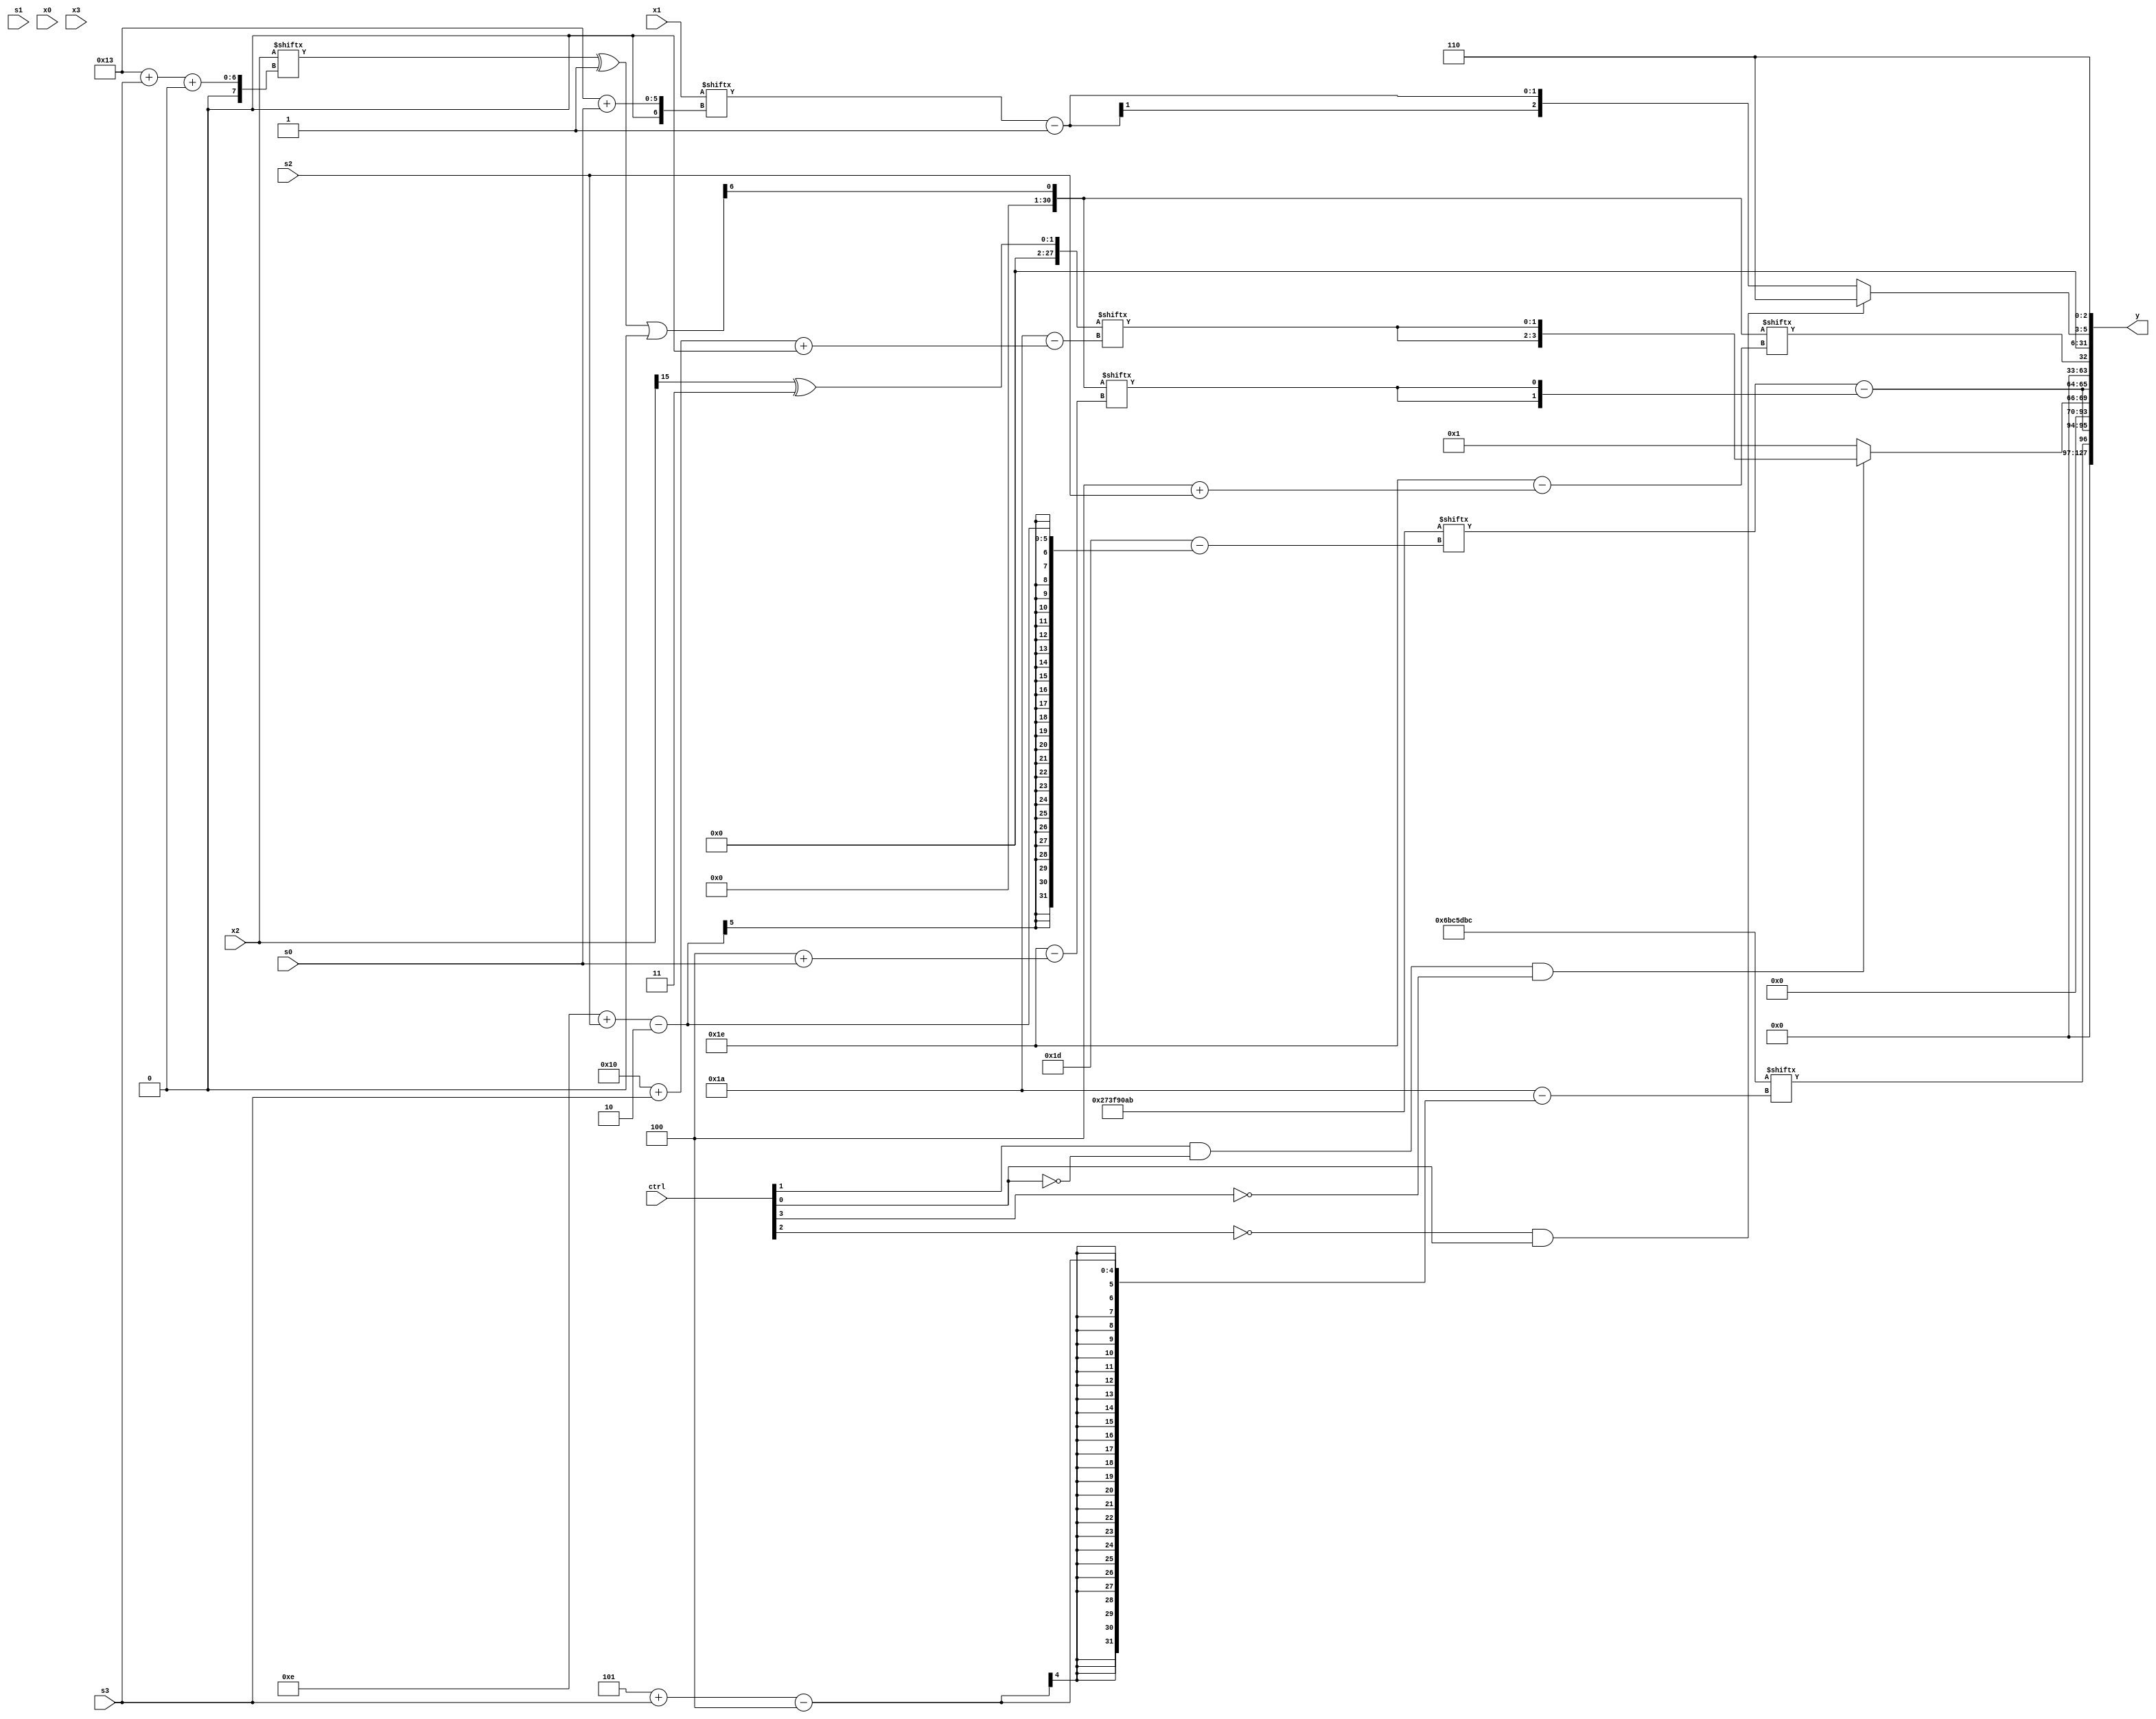
module partsel_00721(ctrl, s0, s1, s2, s3, x0, x1, x2, x3, y);
  input [3:0] ctrl;
  input [2:0] s0;
  input [2:0] s1;
  input [2:0] s2;
  input [2:0] s3;
  input signed [31:0] x0;
  input [31:0] x1;
  input signed [31:0] x2;
  input [31:0] x3;
  wire [7:24] x4;
  wire [31:2] x5;
  wire [0:27] x6;
  wire [1:28] x7;
  wire [1:28] x8;
  wire [0:25] x9;
  wire signed [4:27] x10;
  wire [0:29] x11;
  wire signed [24:7] x12;
  wire signed [26:0] x13;
  wire [24:7] x14;
  wire [0:30] x15;
  output [127:0] y;
  wire [31:0] y0;
  wire [31:0] y1;
  wire [31:0] y2;
  wire signed [31:0] y3;
  assign y = {y0,y1,y2,y3};
  localparam signed [4:30] p0 = 784096700;
  localparam [2:31] p1 = 658477227;
  localparam signed [7:25] p2 = 116936596;
  localparam signed [4:28] p3 = 200588122;
  assign x4 = x2;
  assign x5 = (p1[16 + s1] - {2{x0[15]}});
  assign x6 = (x4[9] ^ {2{p3[13]}});
  assign x7 = {x6, p2[21]};
  assign x8 = {{p2, p1[3 + s3 -: 3]}, x0[21 -: 1]};
  assign x9 = x5[3 + s3 -: 7];
  assign x10 = {p2, x4};
  assign x11 = ((x2[19 + s3 +: 7] ^ p2[18]) | p2[12 +: 1]);
  assign x12 = (x9[29 + s0 +: 2] | x11[10 + s3]);
  assign x13 = (!ctrl[0] || ctrl[0] || !ctrl[2] ? p1 : ((ctrl[3] || !ctrl[3] || ctrl[2] ? x6[9 +: 4] : p2[25 + s2 +: 8]) - x2[11 + s0 +: 8]));
  assign x14 = ({2{((p2 ^ (x3[25 + s1 -: 3] & p2[12 + s0])) & p0[7 + s1])}} | p0[8]);
  assign x15 = x11[23 -: 2];
  assign y0 = p0[5 + s3];
  assign y1 = {2{(!ctrl[0] || ctrl[0] && ctrl[0] ? {(ctrl[1] && !ctrl[0] && !ctrl[3] ? {2{x6[16 + s3 +: 2]}} : p0[11]), (p1[14 + s2] - {2{x15[4 + s0]}})} : (({2{x8[20 -: 3]}} + p2) - p1))}};
  assign y2 = x15[4 + s2];
  assign y3 = {(!ctrl[2] && !ctrl[2] && ctrl[0] ? p2[19 -: 3] : (x1[19 + s0] - p0[23 -: 1])), x13[14 +: 3]};
endmodule